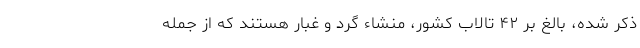
ذکر شده، بالغ بر ۴۲ تالاب کشور، منشاء گرد و غبار هستند که از جمله